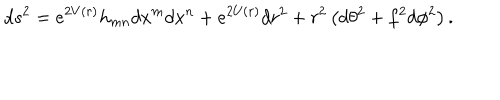
d s ^ { 2 } = e ^ { 2 V ( r ) } h _ { m n } d x ^ { m } d x ^ { n } + e ^ { 2 U ( r ) } d r ^ { 2 } + r ^ { 2 } \left( d \theta ^ { 2 } + f ^ { 2 } d \phi ^ { 2 } \right) .